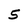
Character: 5